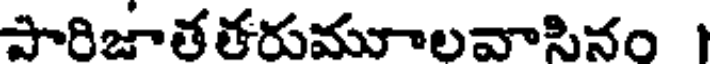
పారిజాతతరుమూాలవాసినం